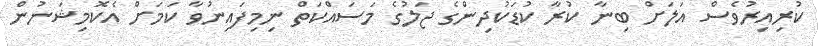
ކުރިއިރުވެސް އަލަށް ބިނާ ކުރާ ކުޑަކުދިންގެ ޖަލުގެ މަސައްކަތް ނިމިފައިނުވާ ކަމަށް އެކޮމިޝަނުން